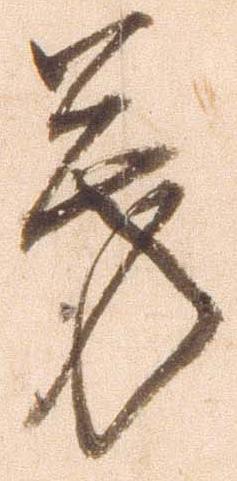
旁